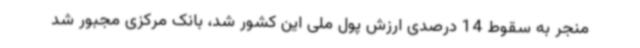
منجر به سقوط 14 درصدی ارزش پول ملی این کشور شد، بانک مرکزی مجبور شد